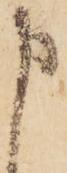
申